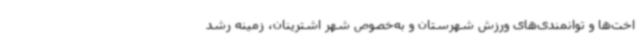
اخت‌ها و توانمندی‌های ورزش شهرستان و به‌خصوص شهر اشترینان، زمینه رشد